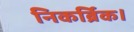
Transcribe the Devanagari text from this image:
निकर्ब्रिक।